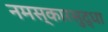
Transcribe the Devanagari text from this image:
नमस्कारसुद्धा